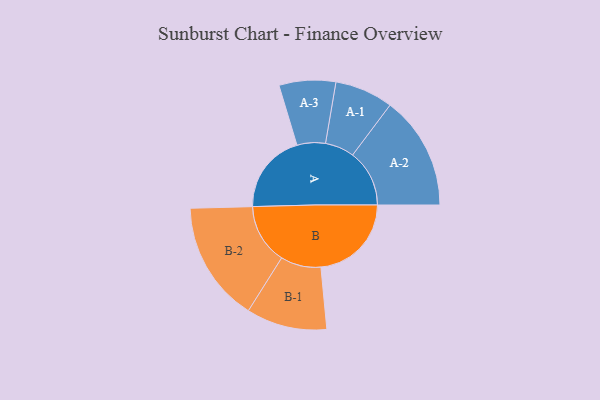
{"axis": {"x": "Segment", "y": "Value"}, "legend": ["", "A", "B"], "data": [{"x": "A", "y": 373, "type": ""}, {"x": "B", "y": 422, "type": ""}, {"x": "A-1", "y": 136, "type": "A"}, {"x": "A-2", "y": 265, "type": "A"}, {"x": "A-3", "y": 132, "type": "A"}, {"x": "B-1", "y": 188, "type": "B"}, {"x": "B-2", "y": 281, "type": "B"}]}